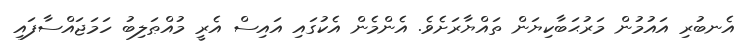
އެނބުރި އައުމުން މަރުޙަބާކިޔަން ތައްޔާރަށެވެ. އެންމެން އެކުގައި އައިސް އެރީ މުއްޠަލިބު ހަމަޖައްސާފައި